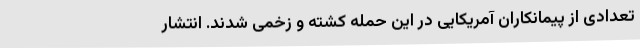
تعدادی از پیمانکاران آمریکایی در این حمله کشته و زخمی شدند. انتشار